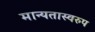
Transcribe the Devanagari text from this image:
मान्यतास्वरुप